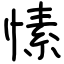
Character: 愫